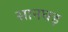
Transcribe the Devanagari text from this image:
सानघड़